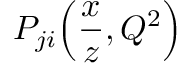
P _ { j i } \! \left( { \frac { x } { z } } , Q ^ { 2 } \right)